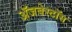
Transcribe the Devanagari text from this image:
ॲजबेस्टॉस